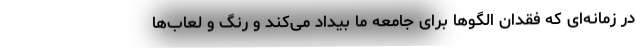
در زمانه‌ای که فقدان الگوها برای جامعه ما بیداد می‌کند و رنگ و لعاب‌ها